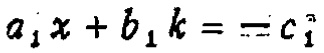
\(a_{1}x + b_{1}k = - c_{1}\)